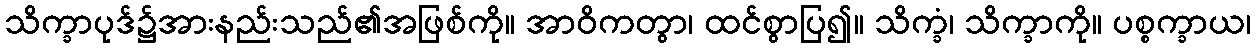
သိက္ခာပုဒ်၌အားနည်းသည်၏အဖြစ်ကို။ အာဝိကတွာ၊ ထင်စွာပြ၍။ သိက္ခံ၊ သိက္ခာကို။ ပစ္စက္ခာယ၊